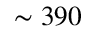
\sim 3 9 0